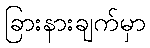
ခြားနားချက်မှာ